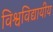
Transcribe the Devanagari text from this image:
विश्वविद्यायीय